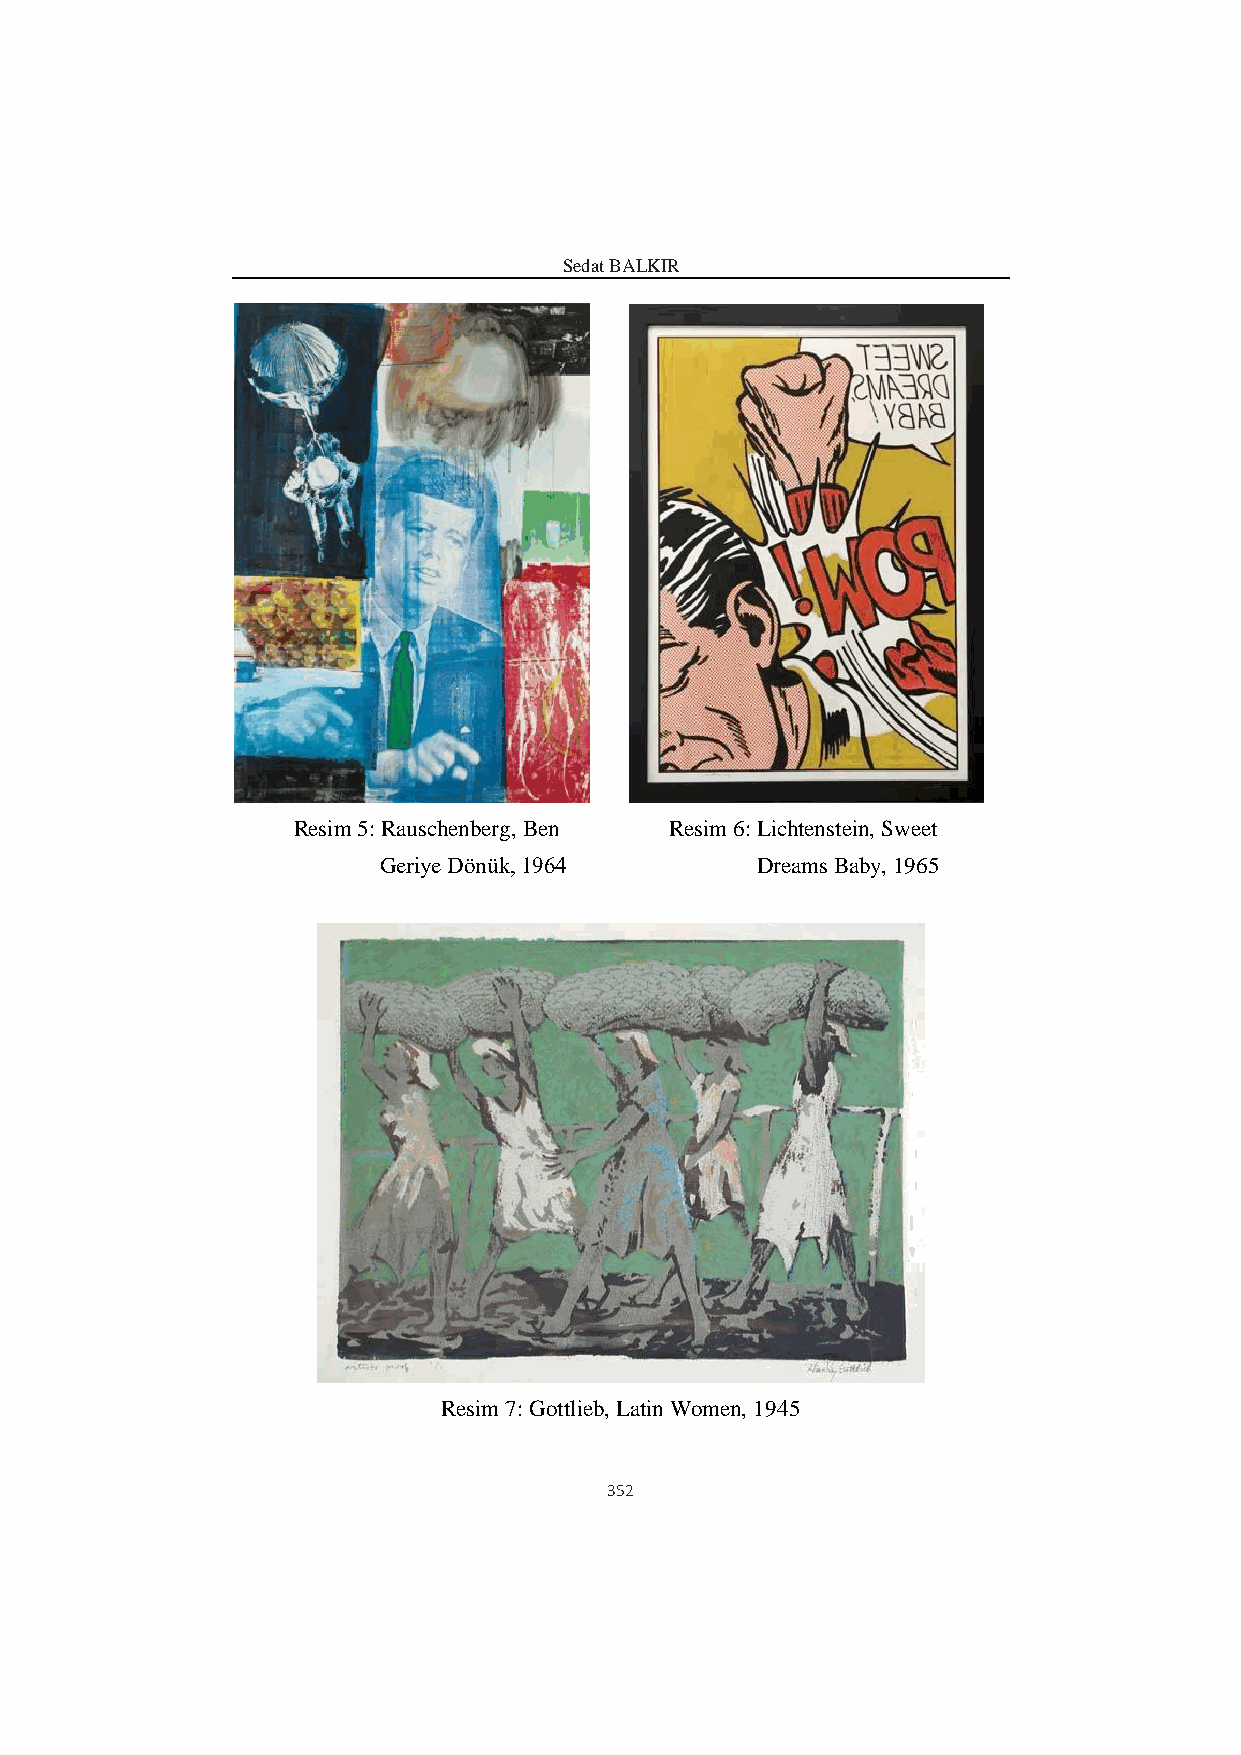
Sedat BALKIR
 Resim 5: Rauschenberg, Ben Resim 6: Lichtenstein, Sweet
 Geriye Dönük, 1964       Dreams Baby, 1965
 Resim 7: Gottlieb, Latin Women, 1945
 352